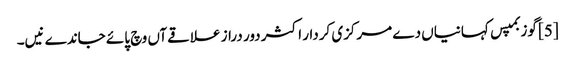
[5] گوزبمپس کہانیاں دے مرکزی کردار اکثر دور دراز علاقےآں وچ پائے جاندے نیں۔